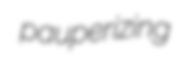
pauperizing